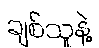
ချစ်သူနဲ့